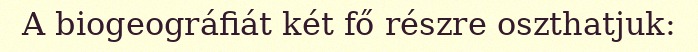
A biogeográfiát két fő részre oszthatjuk: